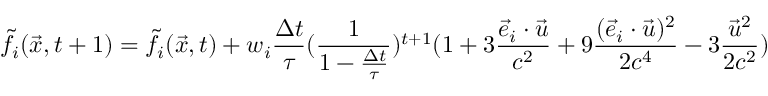
\Tilde { f } _ { i } ( \vec { x } , t + 1 ) = \Tilde { f } _ { i } ( \vec { x } , t ) + w _ { i } \frac { \Delta t } { \tau } ( \frac { 1 } { 1 - \frac { \Delta t } { \tau } } ) ^ { t + 1 } ( 1 + 3 \frac { \Vec { e } _ { i } \cdot \Vec { u } } { c ^ { 2 } } + 9 \frac { ( \Vec { e } _ { i } \cdot \Vec { u } ) ^ { 2 } } { 2 c ^ { 4 } } - 3 \frac { \Vec { u } ^ { 2 } } { 2 c ^ { 2 } } )